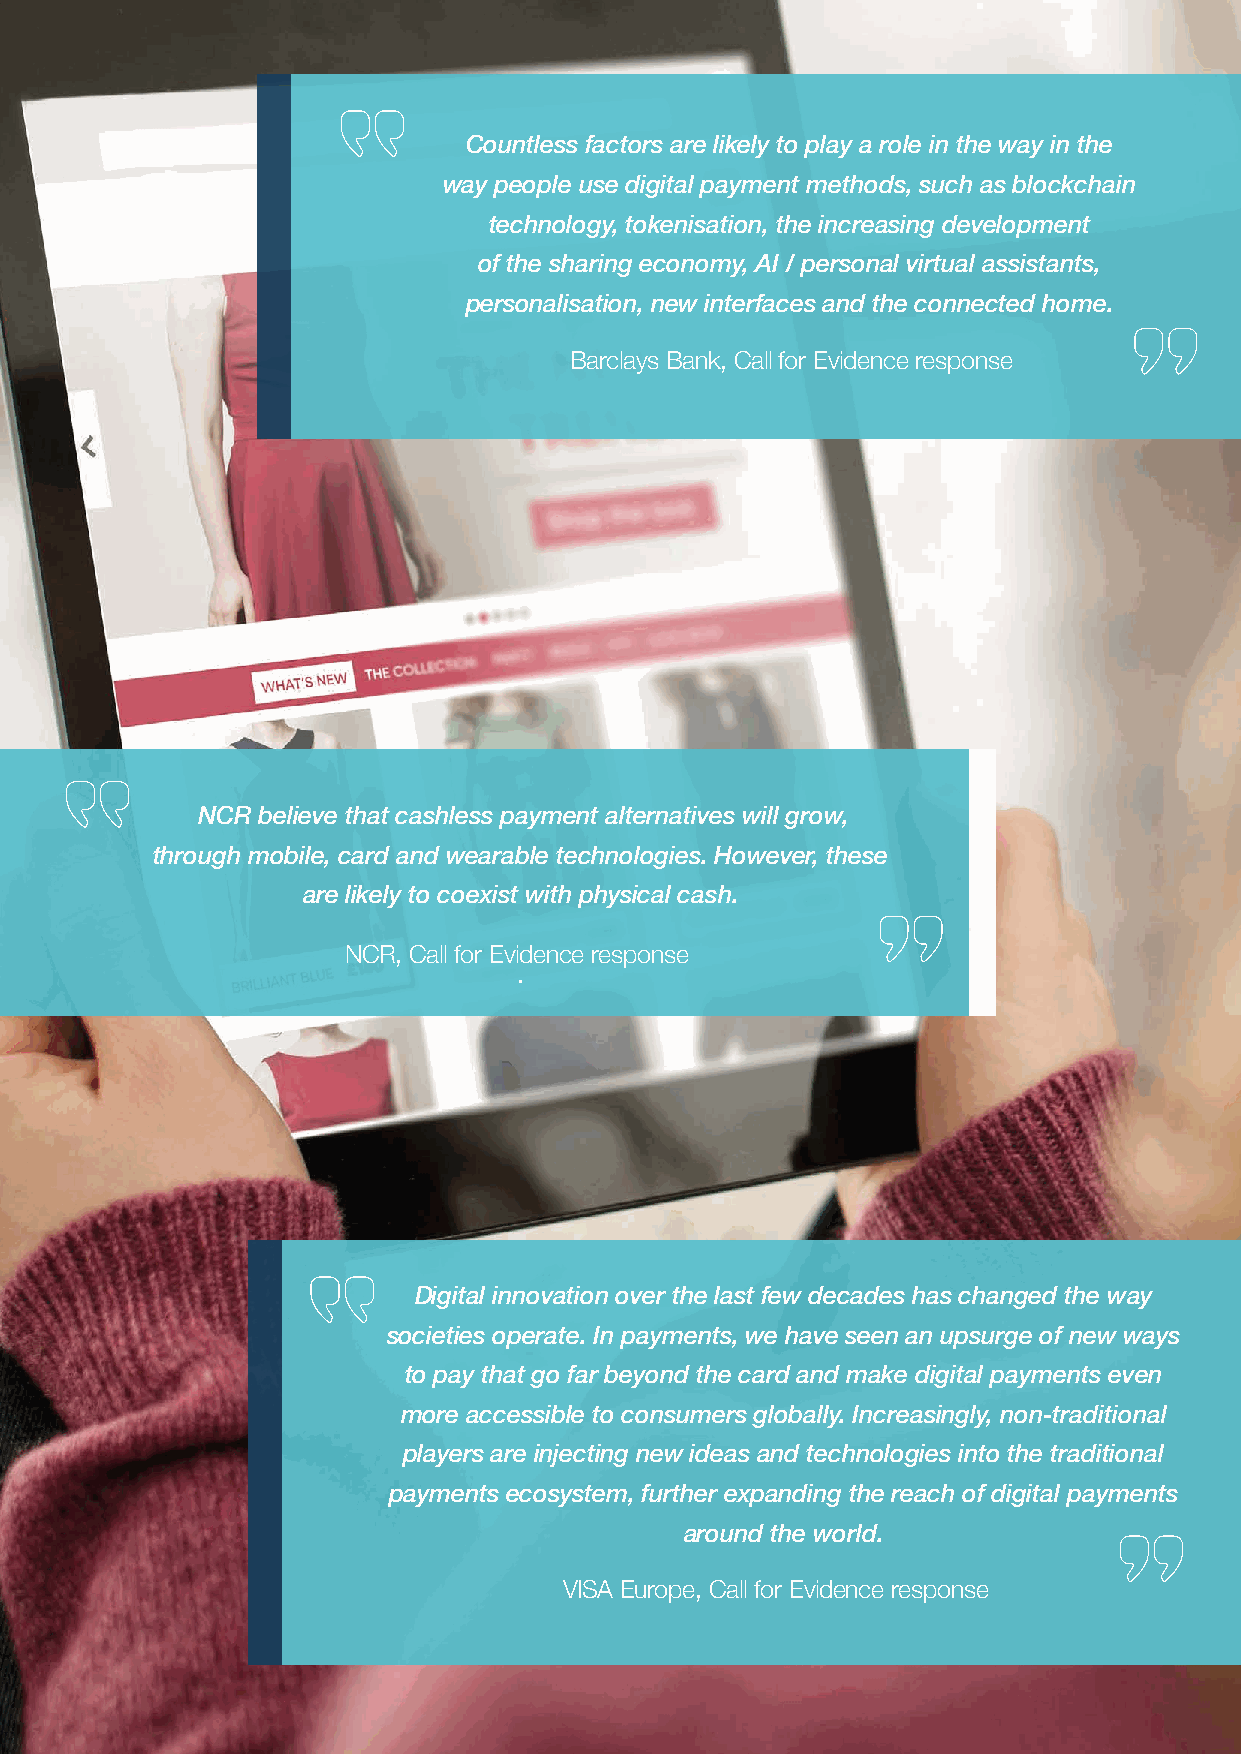
Countless factors are likely to play a role in the way in the
 way people use digital payment methods, such as blockchain
 technology, tokenisation, the increasing development
 of the sharing economy, AI / personal virtual assistants,
 personalisation, new interfaces and the connected home.
 Barclays Bank, Call for Evidence response
 NCR believe that cashless payment alternatives will grow,
 through mobile, card and wearable technologies. However, these
 are likely to coexist with physical cash.
 NCR, Call for Evidence response
 .
 Digital innovation over the last few decades has changed the way
 societies operate. In payments, we have seen an upsurge of new ways
 to pay that go far beyond the card and make digital payments even
 more accessible to consumers globally. Increasingly, non-traditional
 players are injecting new ideas and technologies into the traditional
 payments ecosystem, further expanding the reach of digital payments
 around the world.
 VISA Europe, Call for Evidence response
 29